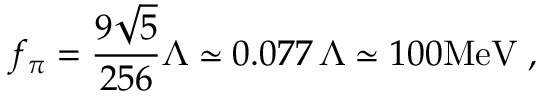
f _ { \pi } = \frac { 9 \sqrt { 5 } } { 2 5 6 } \Lambda \simeq 0 . 0 7 7 \, \Lambda \simeq 1 0 0 \mathrm { M e V } \; ,